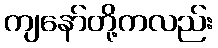
ကျနော်တို့ကလည်း